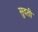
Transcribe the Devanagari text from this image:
सुदती